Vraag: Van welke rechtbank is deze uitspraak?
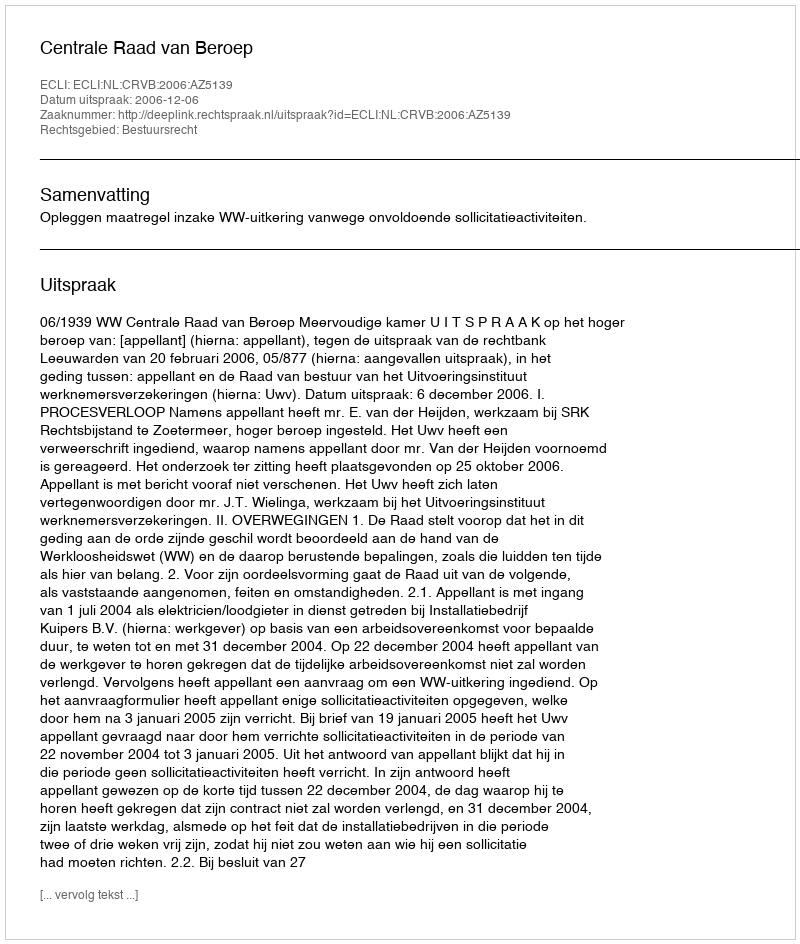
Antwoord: Centrale Raad van Beroep